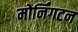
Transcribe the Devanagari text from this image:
मोर्निंगटन